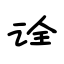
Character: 诠